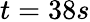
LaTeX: t=38s